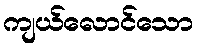
ကျယ်လောင်သော